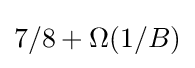
7/8+\Omega (1/B)